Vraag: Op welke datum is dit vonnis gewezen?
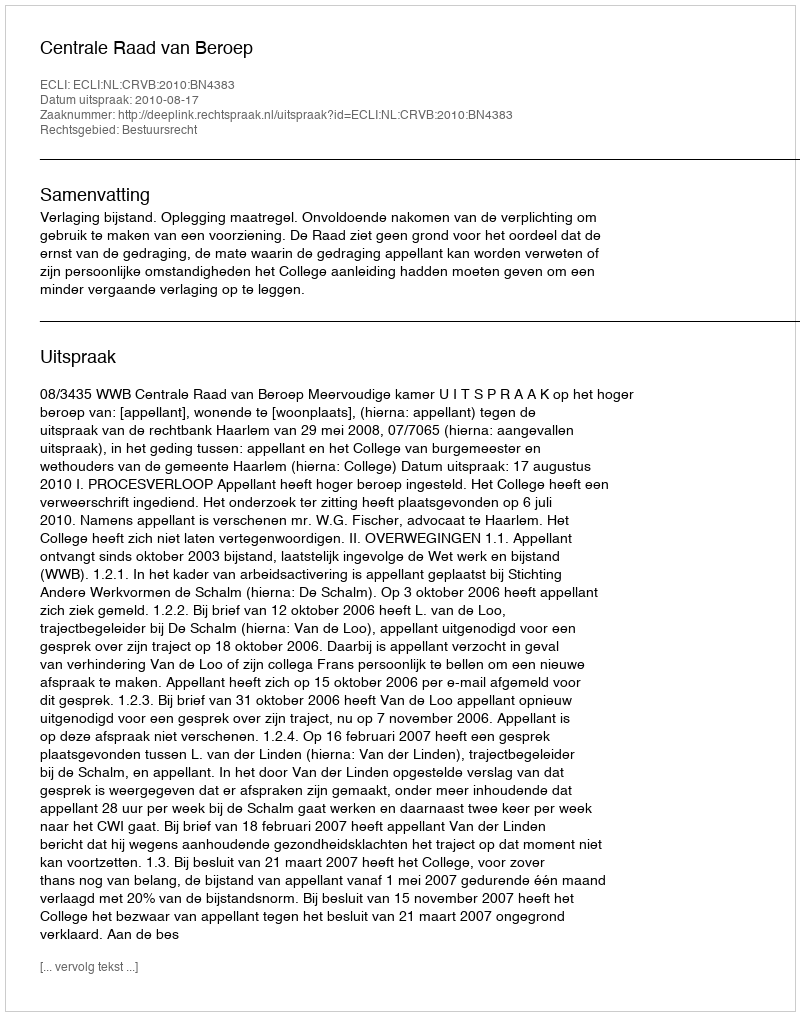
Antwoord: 2010-08-17